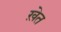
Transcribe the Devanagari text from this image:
ख़ेत